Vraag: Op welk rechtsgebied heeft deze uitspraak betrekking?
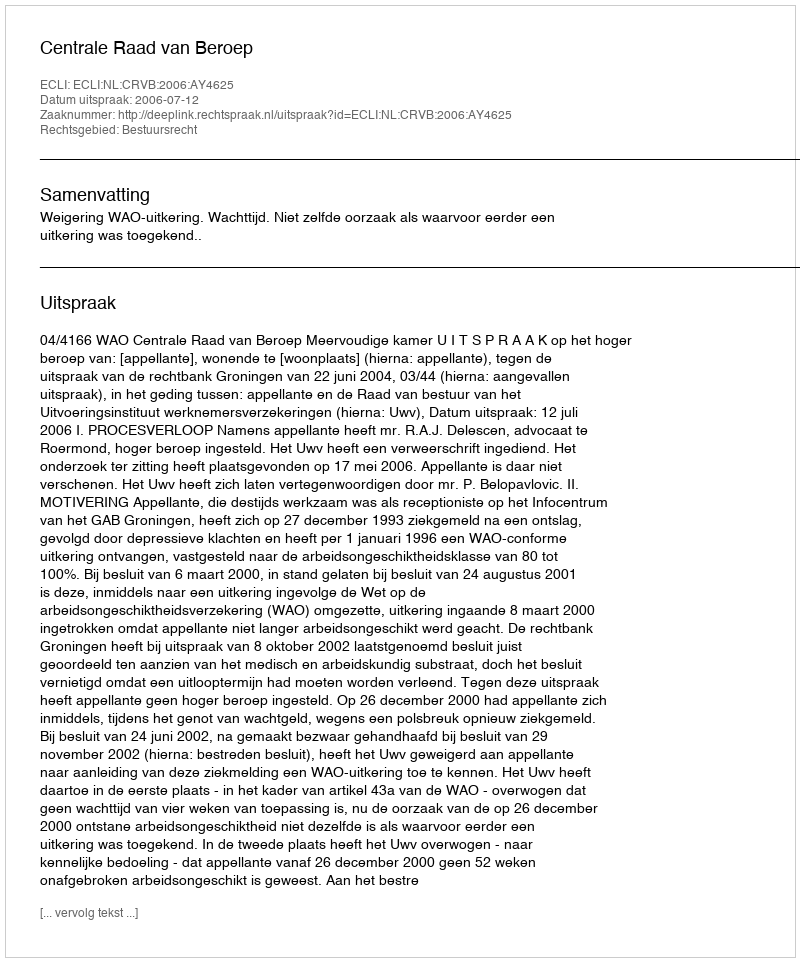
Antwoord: Bestuursrecht